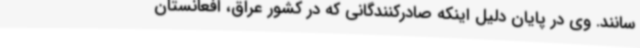
سانند. وی در پایان دلیل اینکه صادرکنندگانی که در کشور عراق، افعانستان